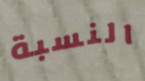
النسبة